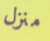
منزل